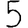
Digit: 5